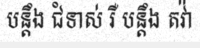
បន្តឹង ជំទាស់ រឺ បន្តឹង តវ៉ា